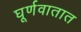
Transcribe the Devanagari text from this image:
घूर्णवातात